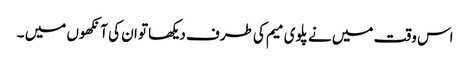
اس وقت میں نے پلوی میم کی طرف دیکھا تو ان کی آنکھوں میں ۔